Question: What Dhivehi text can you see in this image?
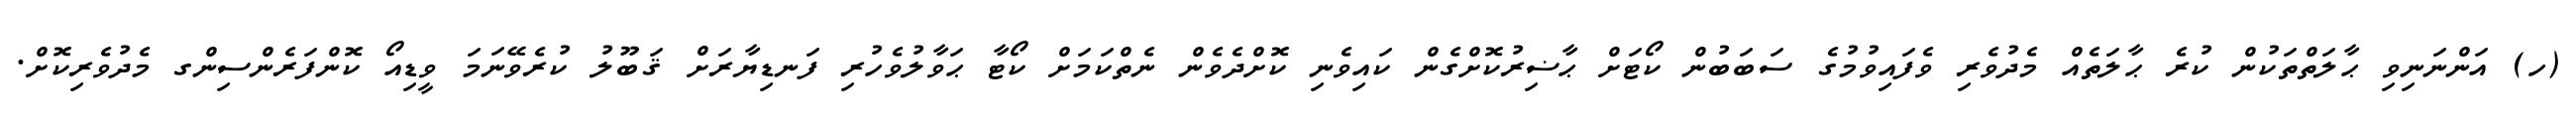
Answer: (ހ) އަންނަނިވި ޙާލަތްތަކުން ކުރެ ޙާލަތެއް މެދުވެރި ވެފައިވުމުގެ ސަބަބުން ކޯޓަށް ޙާޟިރުކޮށްގެން ކައިވެނި ކޮށްދެވެން ނެތްކަމަށް ކޯޓާ ޙަވާލުވެހުރި ފަނޑިޔާރަށް ޤަބޫލު ކުރެވޭނަމަ ވީޑިއޯ ކޮންފަރެންސިންގ މެދުވެރިކޮށް.